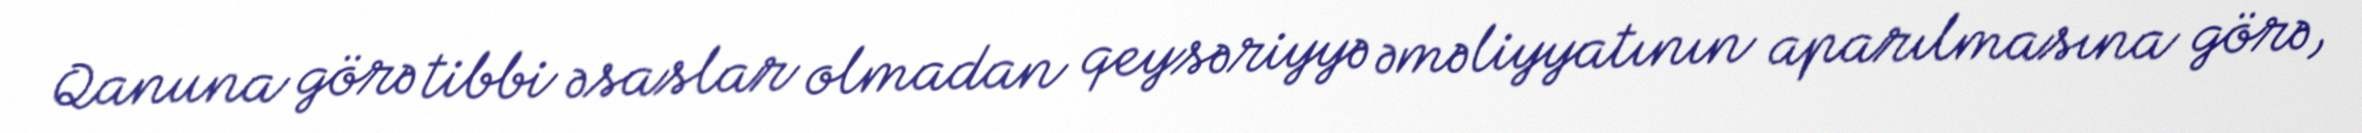
Qanuna görə tibbi əsaslar olmadan qeysəriyyə əməliyyatının aparılmasına görə,